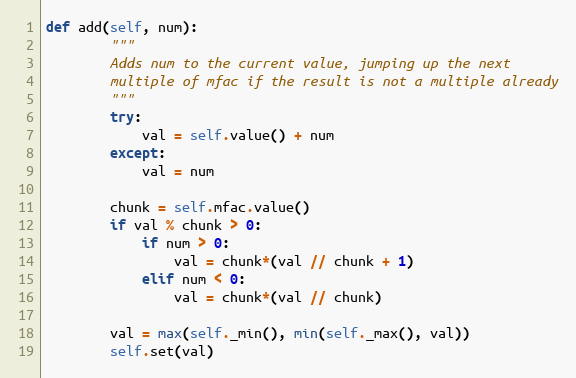
Language: Python
def add(self, num):
        """
        Adds num to the current value, jumping up the next
        multiple of mfac if the result is not a multiple already
        """
        try:
            val = self.value() + num
        except:
            val = num

        chunk = self.mfac.value()
        if val % chunk > 0:
            if num > 0:
                val = chunk*(val // chunk + 1)
            elif num < 0:
                val = chunk*(val // chunk)

        val = max(self._min(), min(self._max(), val))
        self.set(val)